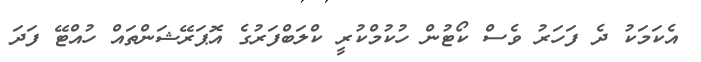
އެކަމަކު ދެ ފަހަރު ވެސް ކޯޓުން ހުކުމްކުރީ ކްލަބްފަރުގެ އޮޕަރޭޝަންތައް ހުއްޓޭ ފަދަ